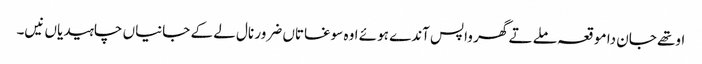
اوتھے جان دا موقعہ ملے تے گھر واپس آندے ہوئے اوہ سوغاتاں ضرور نال لے کے جانیاں چاہیدیاں نیں۔